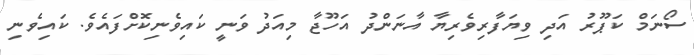
ސޯނަމް ކަޕޫރު އަދި ވިޔަފާރިވެރިޔާ އާނަންދު އަހޫޖާ މިއަދު ވަނީ ކައިވެނިކޮށްފައެވެ. ކައިވެނި